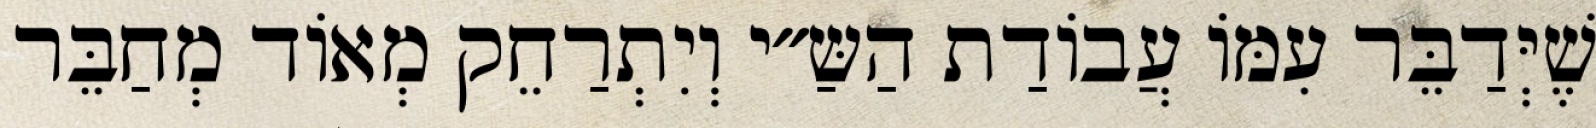
שֶׁיְּדַבֵּר עִמּוֹ עֲבוֹדַת הַשַּ״י וְיִתְרַחֵק מְאוֹד מְחַבֵּר